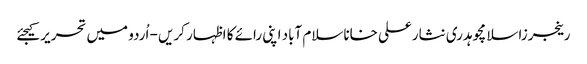
رینجرزاسلامچوہدری نثارعلی خاناسلام آباد اپنی رائے کا اظہار کریں - اُردو میں تحریر کیجئے